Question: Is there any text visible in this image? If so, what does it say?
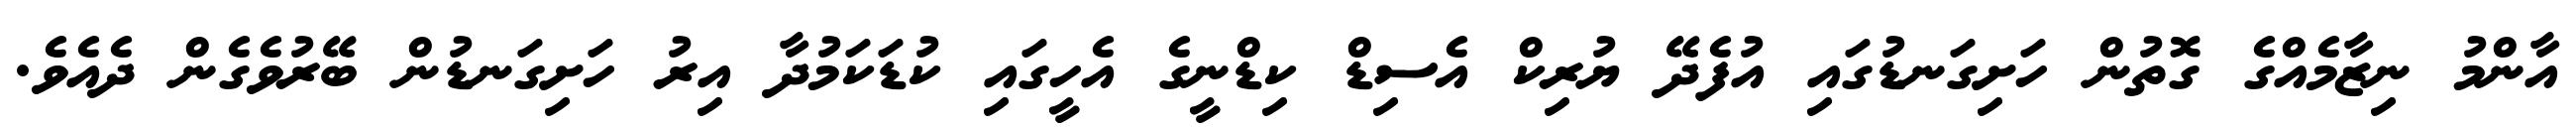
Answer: އާންމު ނިޒާމެއްގެ ގޮތުން ހަށިގަނޑުގައި އުފެދޭ ޔުރިކް އެސިޑް ކިޑްނީގެ އެހީގައި ކުޑަކަމުދާ އިރު ހަށިގަނޑުން ބޭރުވެގެން ދެއެވެ.